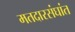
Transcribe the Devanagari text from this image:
मतदारसंघांत